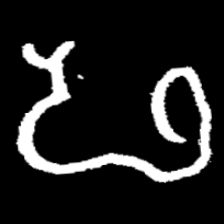
Pyu character \u2014 Myanmar letter: ဖ (romanized: pha)